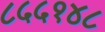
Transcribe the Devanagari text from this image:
८५५१४८